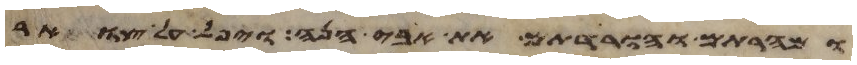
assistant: ומהרתם והורדתם את אבי הנה ויפל על צואר